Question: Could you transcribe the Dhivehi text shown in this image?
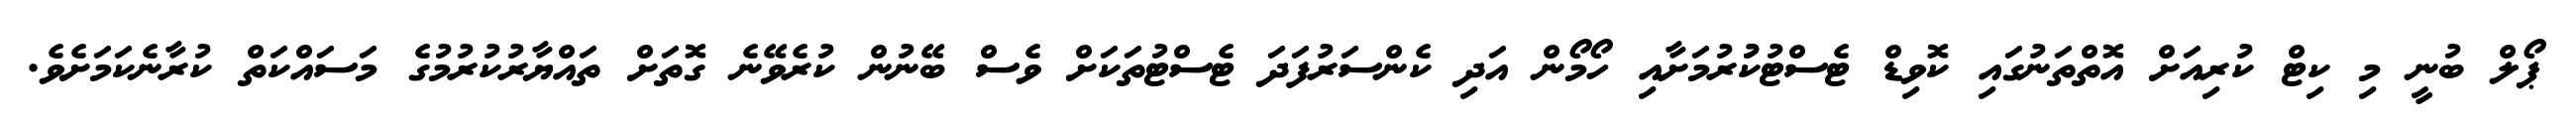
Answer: ޕޯލް ބުނީ މި ކިޓް ކުރިއަށް އޮތްތަނުގައި ކޮވިޑް ޓެސްޓުކުުރުމަށާއި ހޯމޯން އަދި ކެންސަރުފަދަ ޓެސްޓުތަކަށް ވެސް ބޭނުން ކުރެވޭނެ ގޮތަށް ތައްޔާރުކުރުމުގެ މަސައްކަތް ކުރާނެކަމަށެވެ.